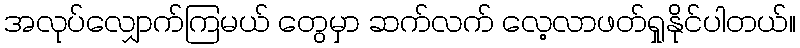
အလုပ်လျှောက်ကြမယ် တွေမှာ ဆက်လက် လေ့လာဖတ်ရှုနိုင်ပါတယ်။